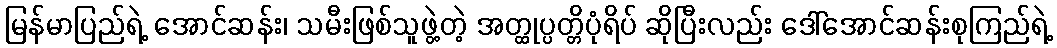
မြန်မာပြည်ရဲ့ အောင်ဆန်း၊ သမီးဖြစ်သူဖွဲ့တဲ့ အတ္ထုပ္ပတ္တိပုံရိပ် ဆိုပြီးလည်း ဒေါ်အောင်ဆန်းစုကြည်ရဲ့